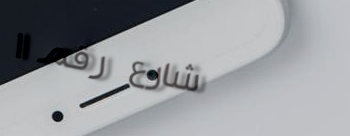
شارع رقم ١